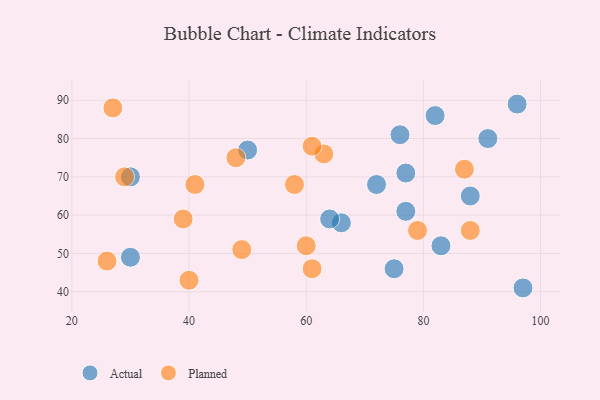
{"axis": {"x": "GDP", "y": "Life Expectancy"}, "legend": ["Actual", "Planned"], "data": [{"x": "30", "y": 70, "type": "Actual"}, {"x": "66", "y": 58, "type": "Actual"}, {"x": "76", "y": 81, "type": "Actual"}, {"x": "75", "y": 46, "type": "Actual"}, {"x": "97", "y": 41, "type": "Actual"}, {"x": "96", "y": 89, "type": "Actual"}, {"x": "30", "y": 49, "type": "Actual"}, {"x": "88", "y": 65, "type": "Actual"}, {"x": "91", "y": 80, "type": "Actual"}, {"x": "77", "y": 61, "type": "Actual"}, {"x": "77", "y": 71, "type": "Actual"}, {"x": "82", "y": 86, "type": "Actual"}, {"x": "50", "y": 77, "type": "Actual"}, {"x": "64", "y": 59, "type": "Actual"}, {"x": "72", "y": 68, "type": "Actual"}, {"x": "83", "y": 52, "type": "Actual"}, {"x": "29", "y": 70, "type": "Planned"}, {"x": "49", "y": 51, "type": "Planned"}, {"x": "87", "y": 72, "type": "Planned"}, {"x": "41", "y": 68, "type": "Planned"}, {"x": "58", "y": 68, "type": "Planned"}, {"x": "26", "y": 48, "type": "Planned"}, {"x": "40", "y": 43, "type": "Planned"}, {"x": "63", "y": 76, "type": "Planned"}, {"x": "27", "y": 88, "type": "Planned"}, {"x": "88", "y": 56, "type": "Planned"}, {"x": "60", "y": 52, "type": "Planned"}, {"x": "61", "y": 46, "type": "Planned"}, {"x": "48", "y": 75, "type": "Planned"}, {"x": "79", "y": 56, "type": "Planned"}, {"x": "61", "y": 78, "type": "Planned"}, {"x": "39", "y": 59, "type": "Planned"}]}